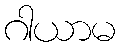
ဂါယာမ